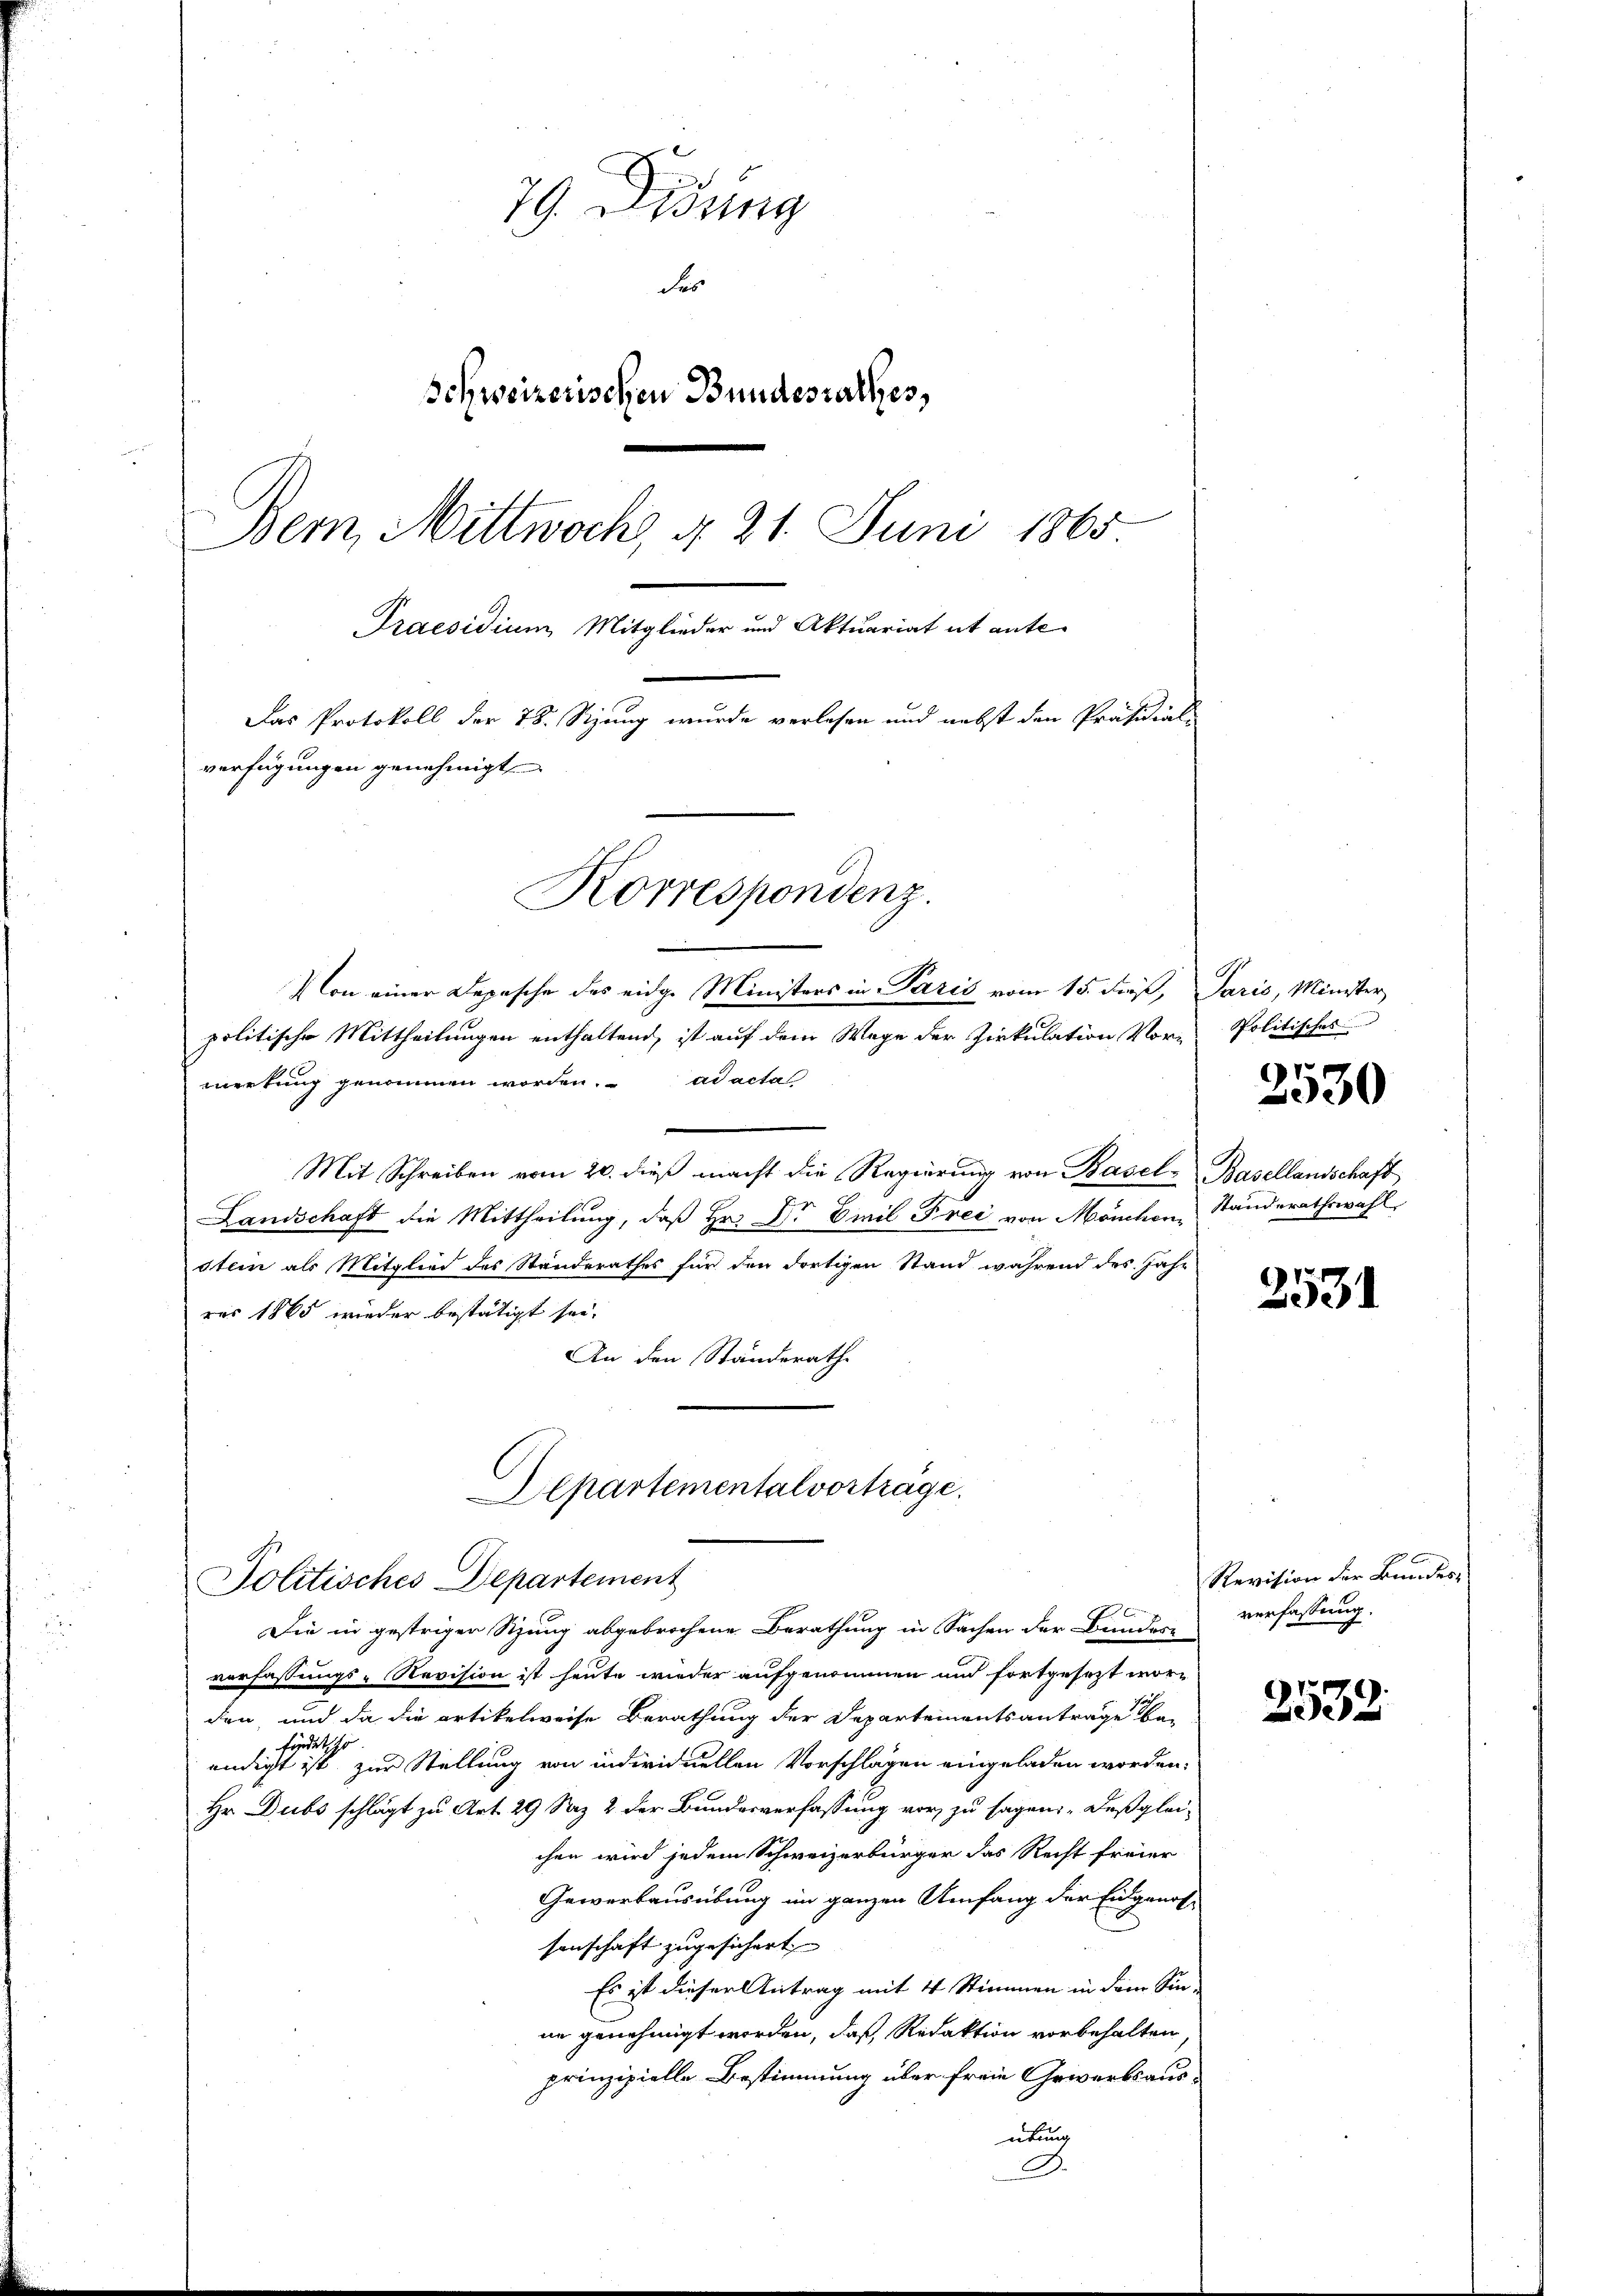
79 Didung
des
Schweizerischen Bundesrathes,
Bern, Mittwoch, § 21. Juni 1865
Praesidium Mitglieder und Aktuariat ut ante-
Das Protokoll der 78. Sizung wurde verlesen und nebst den Präsidial-
verfügungen genehmigt
Korrespondenz.

Von einer Depesche des eidg. Ministers in Paris vom 15. dieß, Paris, Minister
politische Mittheilungen enthaltend, ist auf dem Wege der Zirkulation Vor- Politisches
werkung genommen worden. ad acta
Mit Schreiben vom 20. dieß macht die Regierung von Basel-Basellandschaft
Landschaft die Mittheilung, daß Hr. Dr Emil Frei von Möncher Ständerathswahl
stein als Mitglied des Standerathes für den dortigen Stand während des Jahr
res 1865 wieder bestätigt sei.
An den Ständerath
2
Die in gestriger Sitzung abgebrochene Berathung in Sachen der Bundes-
verfassungs-Revision ist heute wieder aufgenommen und fortgesezt worden, und da die artikelweise Berathung der Departementsantrage be
findet, so
endigt ist zur Stellung von individuellen Vorschlägen eingeladen worden.
Hr. Dubs schlägt zu Art. 29 Sez 2 der Bundesverfassung vor, zu sagen. Deßgleichen wird jedem Schweizerbürger das Recht freier
Gewerbausübung im ganzen Umfang der Eidgenos-
senschaft zugesichert
Es ist dieser Antrag mit 4 Stimmen in dem Sin-
ne genehmigt worden, daß Redaktion vorbehalten
prinzipielle Bestimmung über freie Gewertsausübung

Departementalvorträge.
Politisches Departement

2530

2531

Revision der Bundesverfassung.

2532.